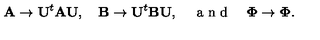
\mathbf { A } \to \mathbf { U } ^ { t } \mathbf { A } \mathbf { U } , \quad \mathbf { B } \to \mathbf { U } ^ { t } \mathbf { B } \mathbf { U } , \quad \textrm { a n d } \quad \mathbf { \Phi } \to \mathbf { \Phi } .